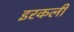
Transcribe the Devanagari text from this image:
इरकली